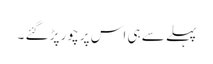
پہلے سے ہی اس پر چور پڑ گئے ۔